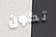
تكون